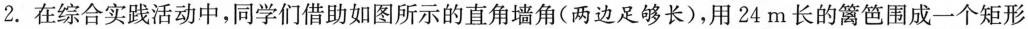
2. 在综合实践活动中，同学们借助如图所示的直角墙角(两边足够长)，用24m长的篱笆围成一个矩形